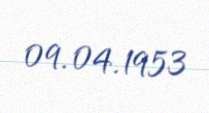
09.04.1953